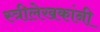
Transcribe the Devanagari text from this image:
स्त्रीलेखकांनी